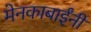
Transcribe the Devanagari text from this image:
मेनकाबाईंनी